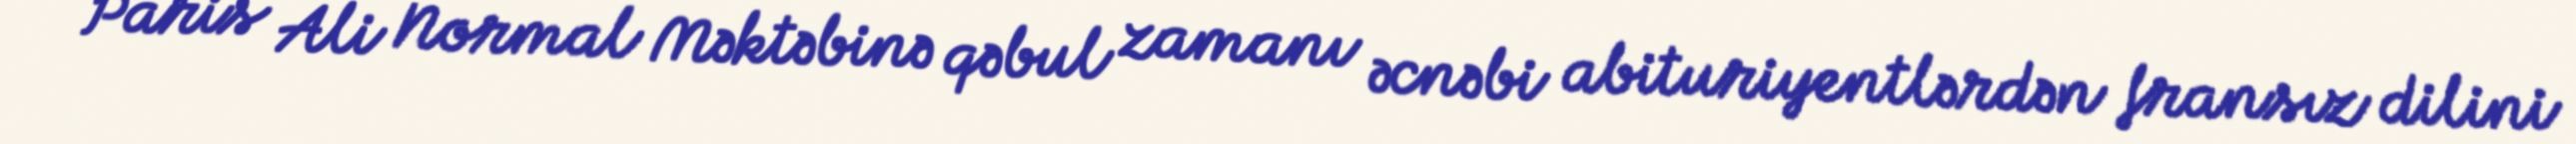
Paris Ali Normal Məktəbinə qəbul zamanı əcnəbi abituriyentlərdən fransız dilini